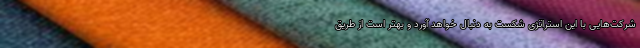
شرکت‌هایی با این استراتژی شکست به دنبال خواهد آورد و بهتر است از طریق